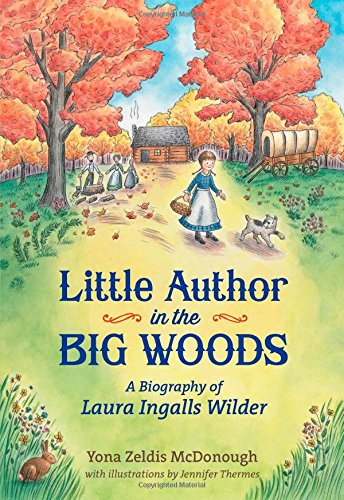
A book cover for Little Author in the Big Woods: A Biography of Laura Ingalls Wilder (Christy Ottaviano Books); Yona Zeldis McDonough; Children's Books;